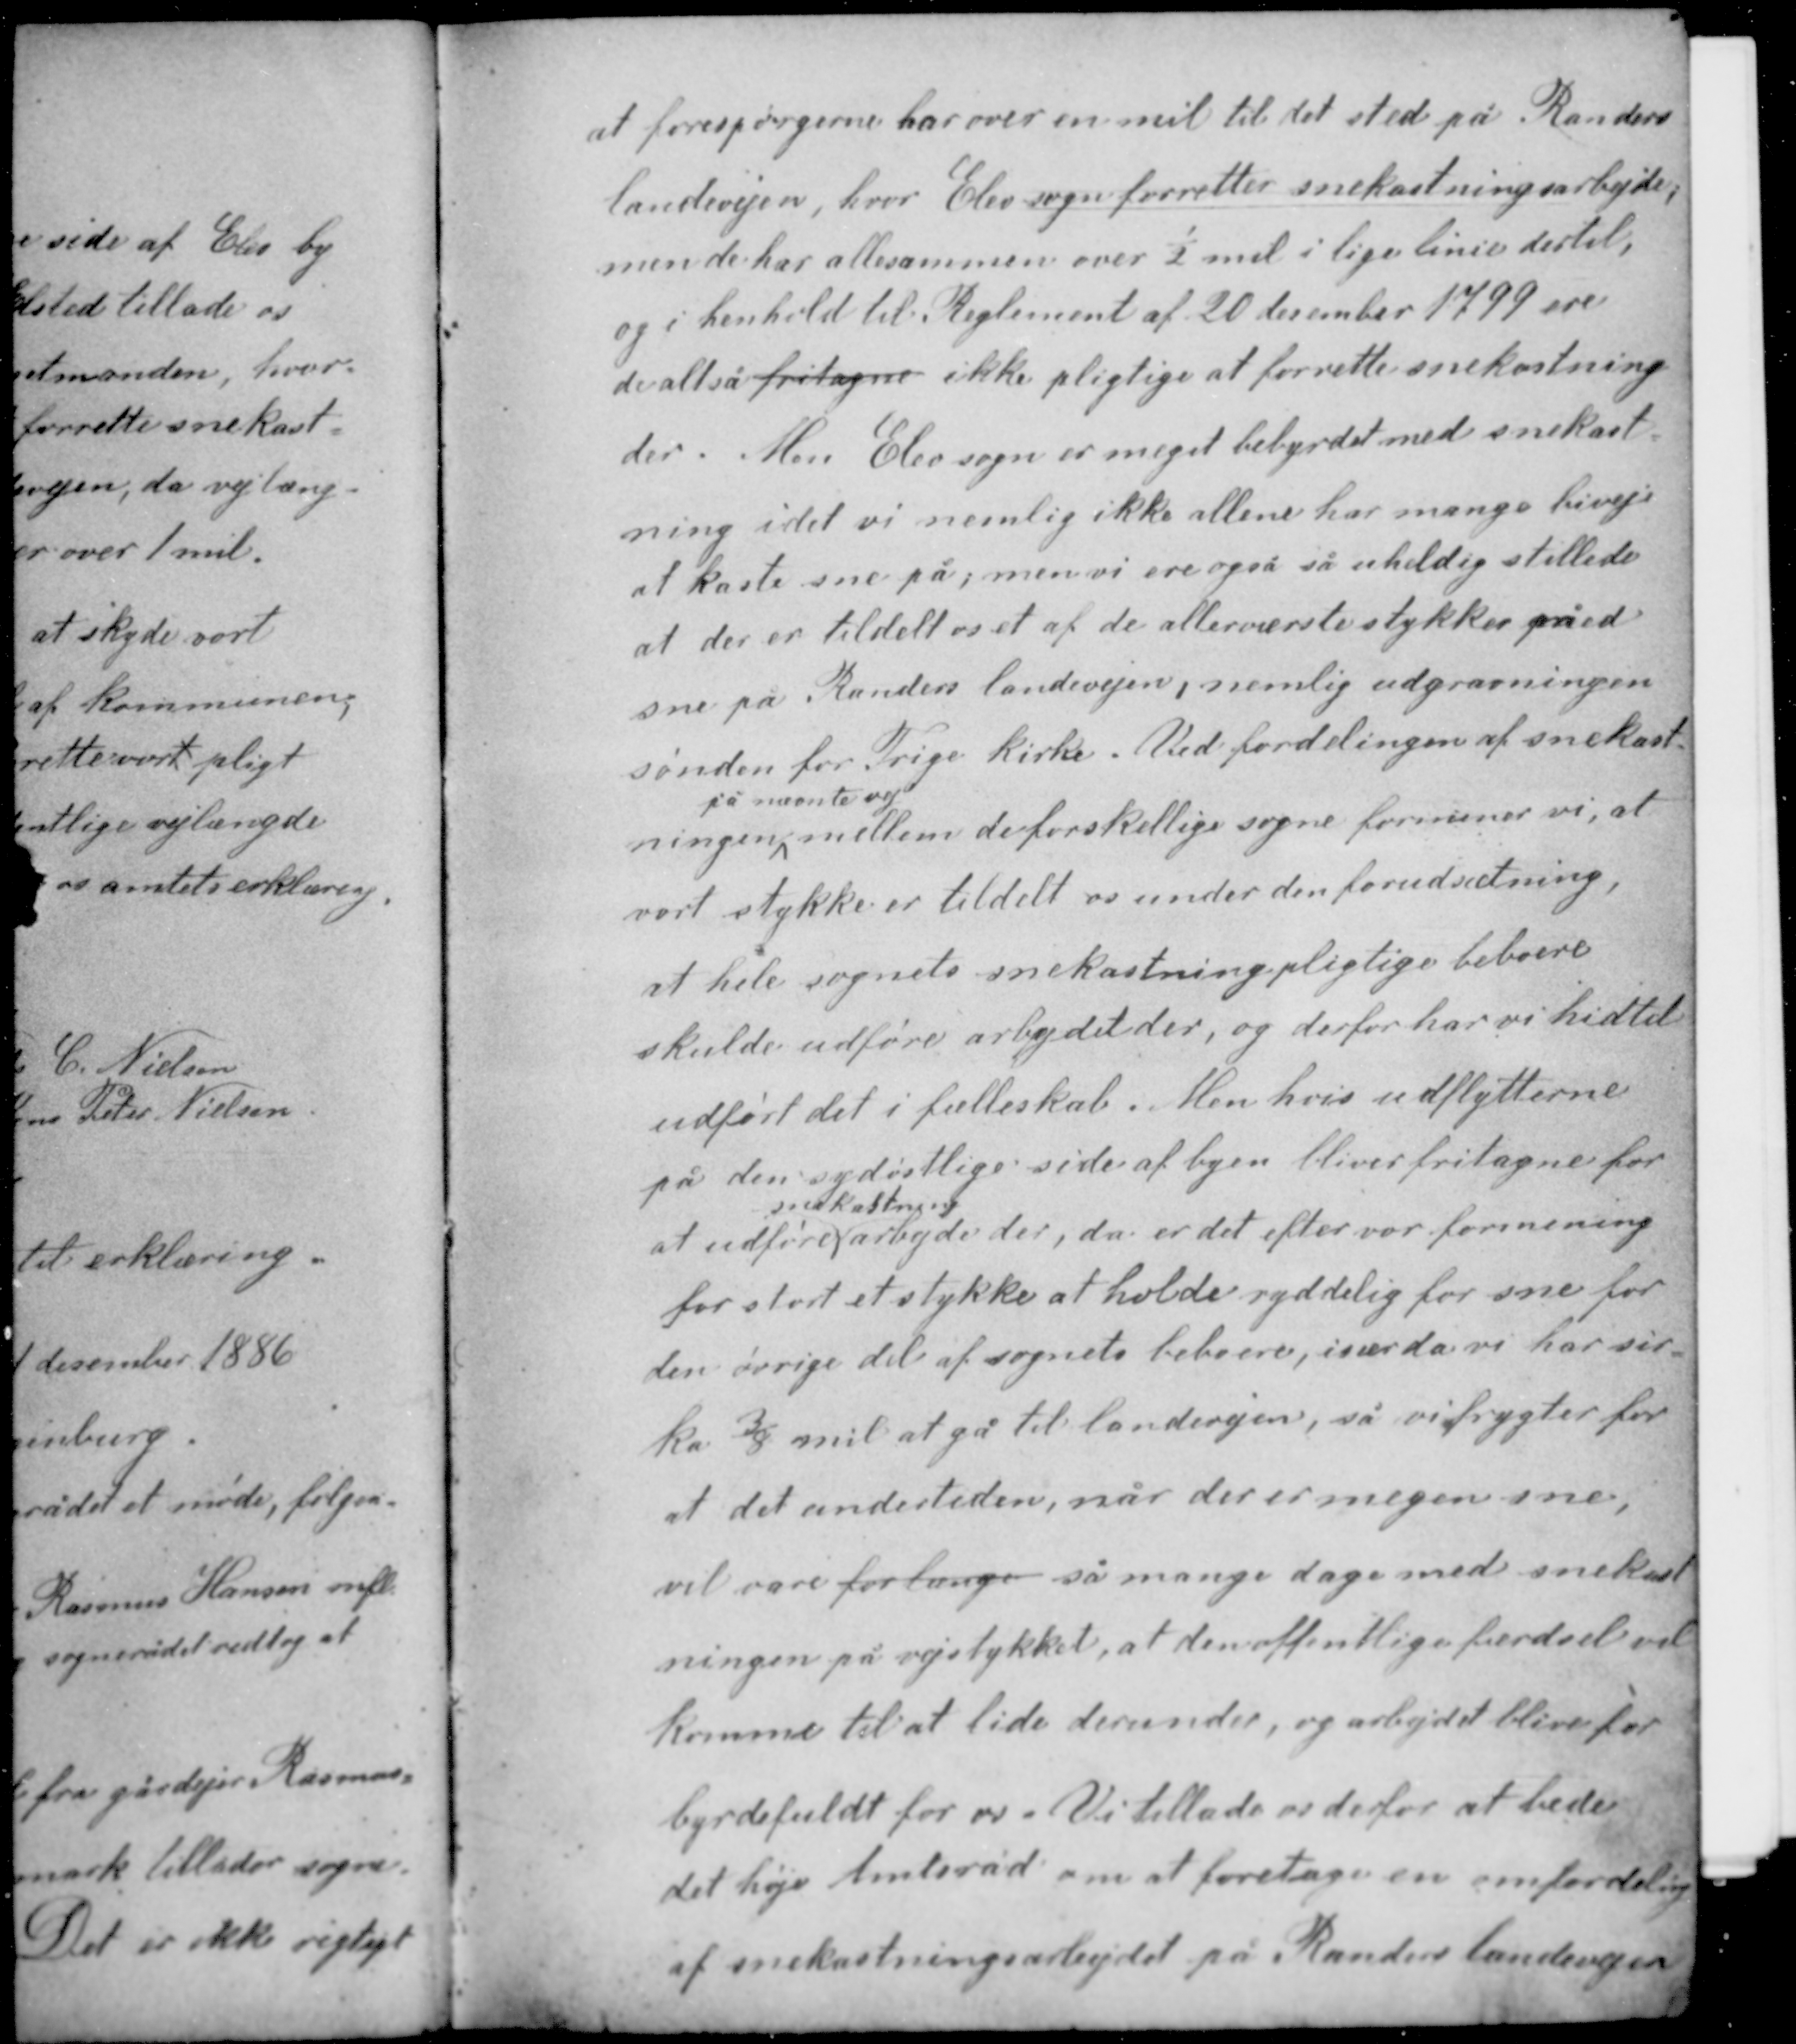
Transskription:
at forespørgerne har over en mil til det sted på Randers
landevejen, hvor Elev sogn forretter snekastningsarbejde,
men de har allesammen over ½ mil i lige linie dertil,
og i henhold til Reglement af 20 december 1799 ere
de altså fritagne ikke pligtige at forrette snekastning
der. Men Elev sogn er meget bebyrdet med snekast-

ning idet vi nemlig ikke allene har mange biveje
at kaste sne på, men vi ere også så uheldig stillede
at der er tildelt os et af de allerværste stykker med
sne på Randers landevejen, nemlig udgravningen
sønden for Trige kirke. Ved fordelingen af snekast-
på nævnte vej
ningen mellem de forskellige sogne formener vi, at
vort stykke er tildelt os under den forudsætning,

at hele sognets snekastningspligtige beboere
skulde udføre arbejdet der, og derfor har vi hidtil
udført det i fællesskab. Men hvis udflytterne
på den sydøstlige side af byen bliver fritagne for
snekastning
at udføre arbejde der, da er det efter vor formening
for stort et stykke at holde ryddelig for sne for
den øvrige del af sognets beboere, især da vi har cir-
ka 3/8 mil at gå til landevejen, så vi frygter for
at det undertiden, når der er megen sne,

vil være for længe så mange dage med snekast-
ningen på vejstykket, at den offentlige færdsel vil
komme til at lide derunder, og arbejdet blive for
byrdefuldt for os. Vi tillade os derfor at bede
det høje Amtsråd om at foretage en omfordeling
af snekastningsarbejdet på Randers landevejen